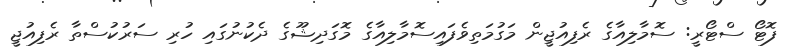
ފޮޓޯ ސްޓޯރީ: ސޮމާލިއާގެ ރެފިއުޖީން މަގުމަތިވެފައިސޮމާލިއާގެ މޮގަދިޝޫގެ ދެކުނުގައި ހުރި ސަރުކުސްތާ ރެފިއުޖީ